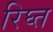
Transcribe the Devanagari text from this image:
रिघ्त